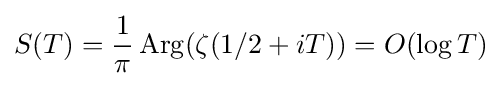
S(T)={\frac {1}{\pi }}\mathop {\mathrm {Arg} } (\zeta (1/2+iT))=O(\log T)